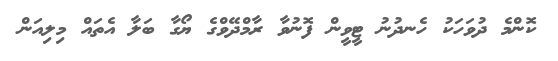
ކޮންމެ ދުވަހަކު ހެނދުނު ޓީވީން ފޮނުވާ ރާމްދޭވްގެ ޔޯގާ ބަލާ އެތައް މިލިއަން